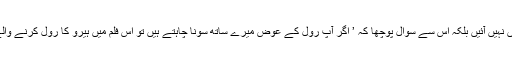
اداکارہ نے بتایا کہ وہ پروڈیوسر کی باتوںمیں نہیں آئیں بلکہ اس سے سوال پوچھا کہ ’ اگر آپ رول کے عوض میرے ساتھ سونا چاہتے ہیں تو اس فلم میں ہیرو کا رول کرنے والے شخص کو کس کے ساتھ سونا پڑ رہا ہے؟